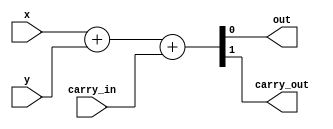
`timescale 1ns / 1ps
//////////////////////////////////////////////////////////////////////////////////
// Company: 
// Engineer: 
// 
// Design Name: 
// Module Name:    adder 
// Project Name: 
// Target Devices: 
// Tool versions: 
// Description: 
//
// Dependencies: 
//
// Revision: 
// Revision 0.01 - File Created
// Additional Comments: 
//
//////////////////////////////////////////////////////////////////////////////////
module adder(
    input x,
    input y,
    input carry_in,
    output out,
    output carry_out
    );

assign {carry_out, out} = x + y + carry_in;

endmodule